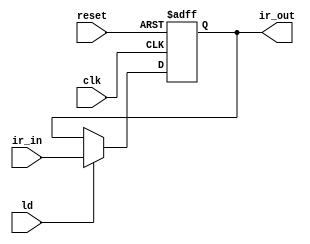
module ir(
	input reset,
	input clk,
	input ld,
	input [7:0] ir_in,
	output reg [7:0] ir_out
	);


always@(posedge reset or posedge clk)
 if(reset)
	ir_out <= 8'b0;
 else
	if(ld)
		ir_out <= ir_in;
	else
		ir_out <= ir_out;

endmodule